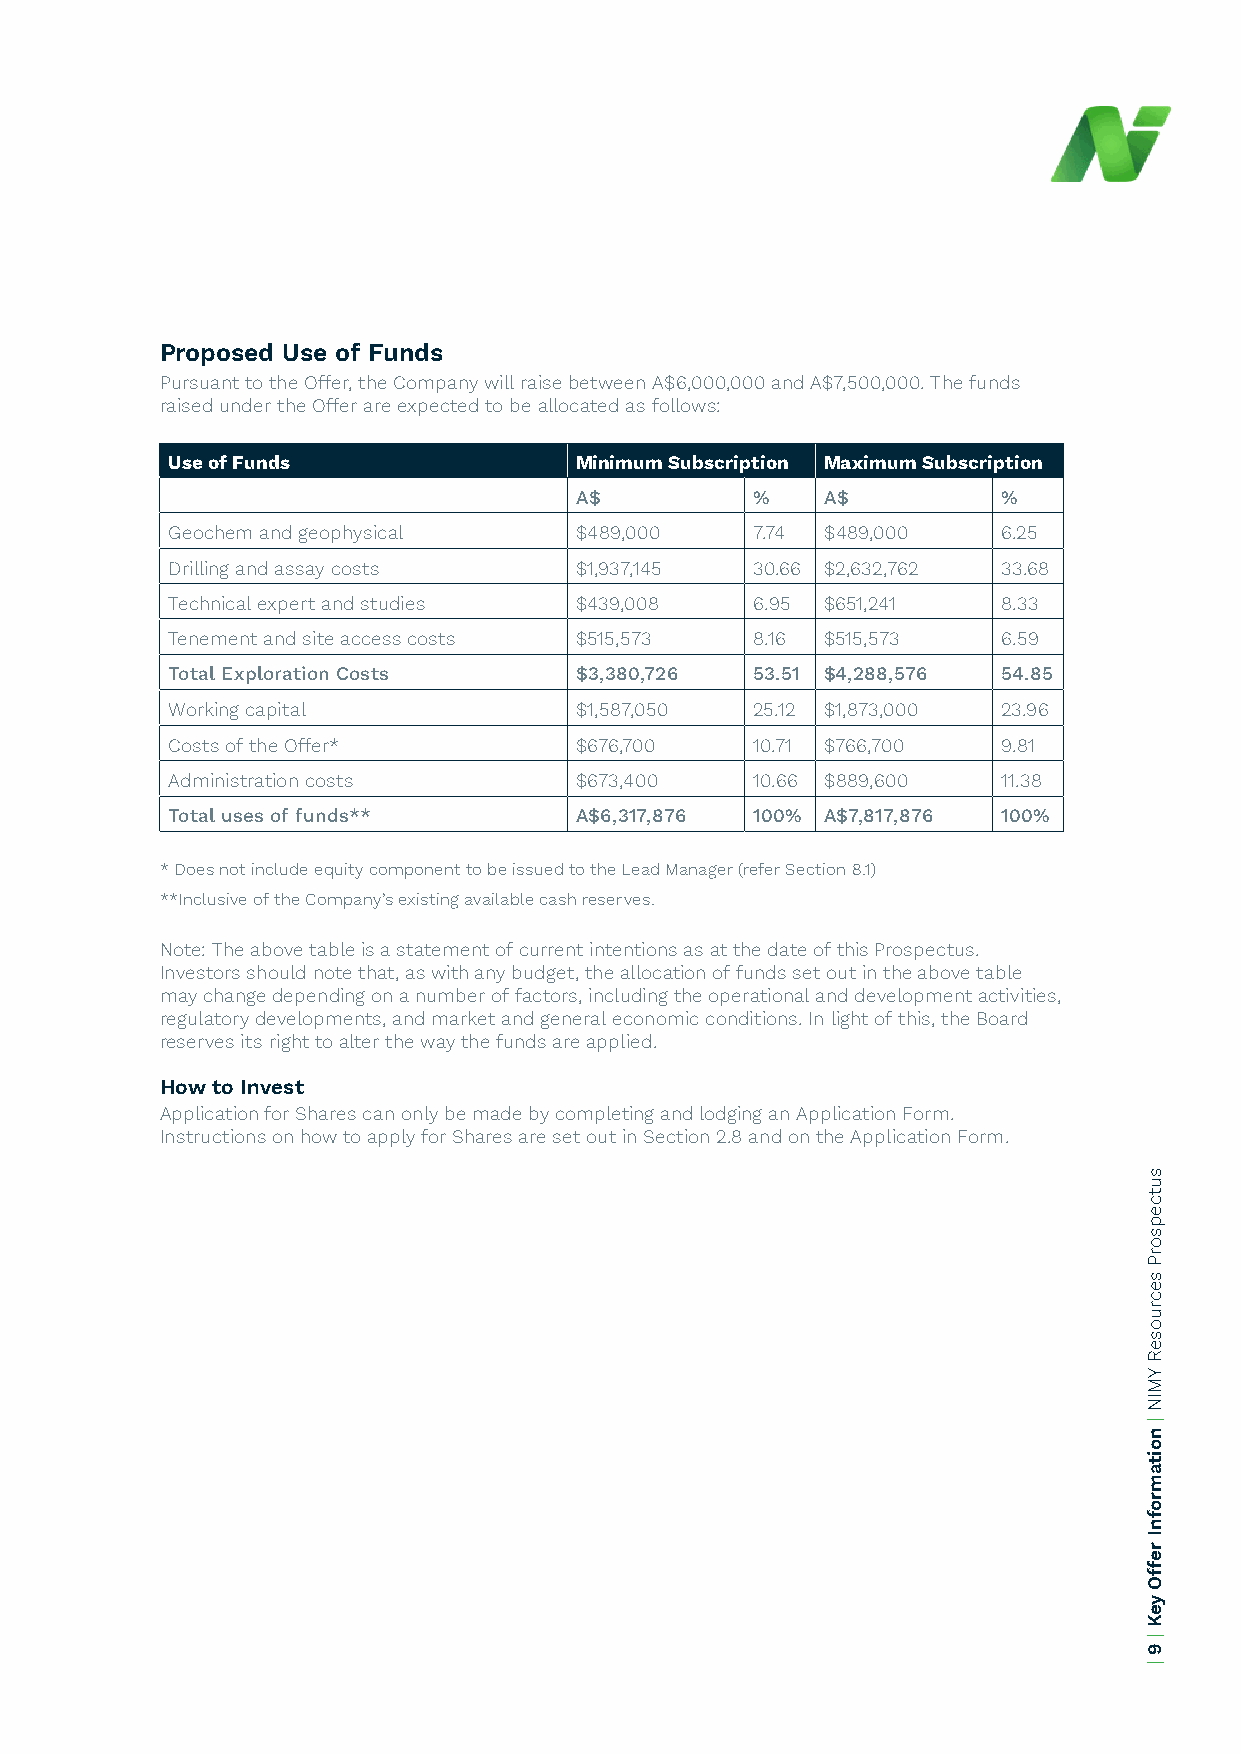
Proposed Use of Funds
 Pursuant to the Offer, the Company will raise between A$6,000,000 and A$7,500,000. The funds
 raised under the Offer are expected to be allocated as follows:
 Use of Funds               Minimum Subscription Maximum Subscription
 A$          %    A$         %
 Geochem and geophysical    $489,000    7.74 $489,000   6.25
 Drilling and assay costs   $1,937,145  30.66 $2,632,762 33.68
 Technical expert and studies $439,008  6.95 $651,241   8.33
 Tenement and site access costs $515,573 8.16 $515,573  6.59
 Total Exploration Costs    $3,380,726  53.51 $4,288,576 54.85
 Working capital            $1,587,050  25.12 $1,873,000 23.96
 Costs of the Offer*        $676,700    10.71 $766,700  9.81
 Administration costs       $673,400    10.66 $889,600  11.38
 Total uses of funds**      A$6,317,876 100% A$7,817,876 100%
 * Does not include equity component to be issued to the Lead Manager (refer Section 8.1)
 **Inclusive of the Company’s existing available cash reserves.
 Note: The above table is a statement of current intentions as at the date of this Prospectus.
 Investors should note that, as with any budget, the allocation of funds set out in the above table
 may change depending on a number of factors, including the operational and development activities,
 regulatory developments, and market and general economic conditions. In light of this, the Board
 reserves its right to alter the way the funds are applied.
 How to Invest
 Application for Shares can only be made by completing and lodging an Application Form.
 Instructions on how to apply for Shares are set out in Section 2.8 and on the Application Form.
 sutcepsorP
 secruoseR
 YMIN
 |
 noitamrofnI
 reffO
 yeK
 |
 9
 |